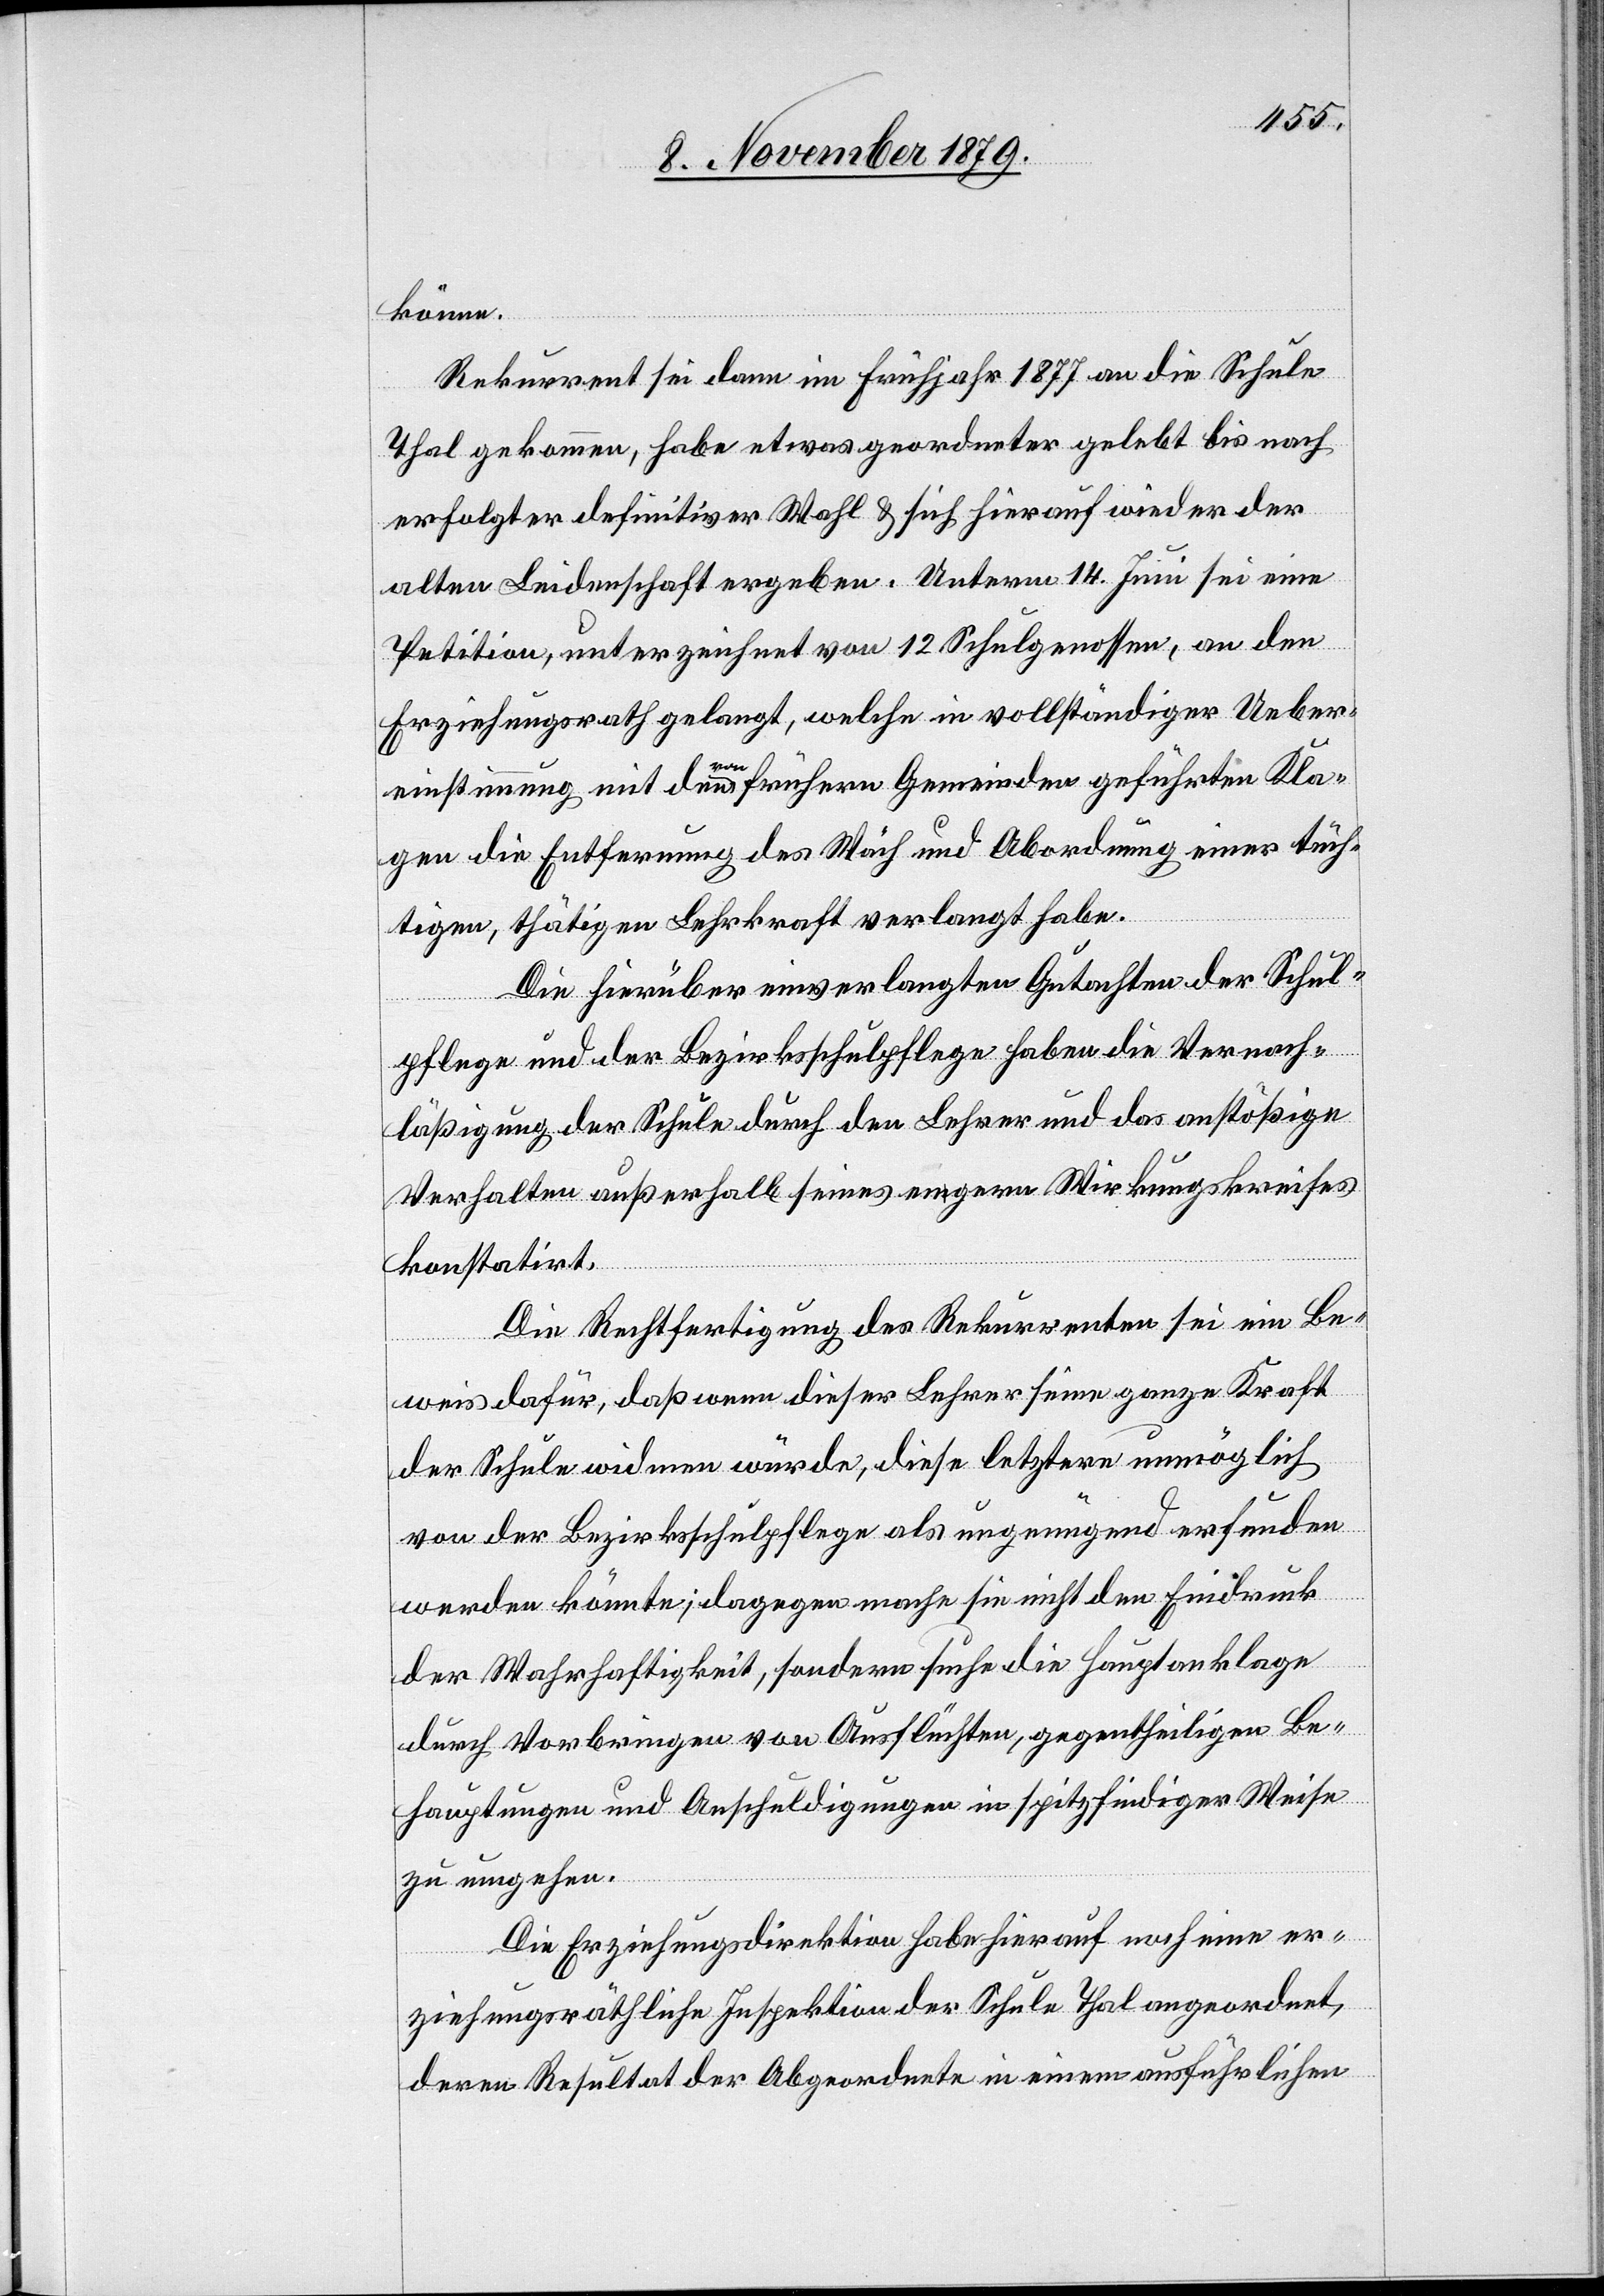
könne.
Rekurrent sei dann im Frühjahr 1877 an die Schule
Thal gekommen, habe etwas geordneter gelebt bis nach
erfolgter definitiver Wahl & sich hierauf wieder der
alten Leidenschaft ergeben. Unterm 14. Juni sei eine
Petition, unterzeichnet von 12 Schulgenossen, an den
Erziehungsrath gelangt, welche in vollständiger Ueber¬
einstimmung mit den von frühern Gemeinden geführten Kla¬
gen die Entfernung des Wäch und Abordnung einer tüch¬
tigen, thätigen Lehrkraft verlangt habe.
Die hierüber einverlangten Gutachten der Schul¬
pflege und der Bezirksschulpflege haben die Vernach¬
läßigung der Schule durch den Lehrer und das anstößige
Verhalten außerhalb seines engern Wirkungskreises
konstatirt.
Die Rechtfertigung des Rekurrenten sei ein Be¬
weis dafür, daß wenn dieser Lehrer seine ganze Kraft
der Schule widmen würde, diese letztere unmöglich
von der Bezirksschulpflege als ungenügend erfunden
werden könnte; dagegen mache sie nicht den Eindruck
der Wahrhaftigkeit, sondern sucht die Hauptanklage
durch Vorbringen von Ausflüchten, gegentheiligen Be¬
hauptungen und Anschuldigungen in spitzfindiger Weise
zu umgehen.
Die Erziehungsdirektion habe hierauf noch eine er¬
ziehungsräthliche Inspektion der Schule Thal angeordnet,
deren Resultat der Abgeordnete in einem ausführlichen